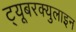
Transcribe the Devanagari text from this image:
ट्यूबरक्युलाइन